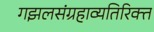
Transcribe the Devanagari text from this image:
गझलसंग्रहाव्यतिरिक्त